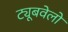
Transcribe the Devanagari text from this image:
ट्यूबवेलों